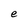
Character: e